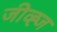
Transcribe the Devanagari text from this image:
जीव्ह्ज